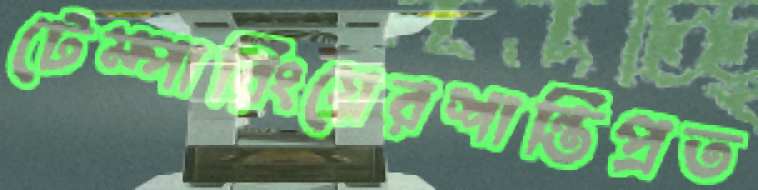
টেম্পারিংয়েরশান্তিপ্রত